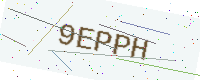
Text: 9EPPH